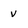
Character: V